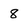
Character: 8